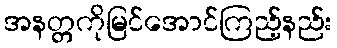
အနတ္တကိုမြင်အောင်ကြည့်နည်း